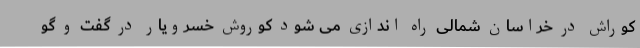
کوراش در خراسان شمالی راه اندازی می شود کوروش خسرویار در گفت و گو